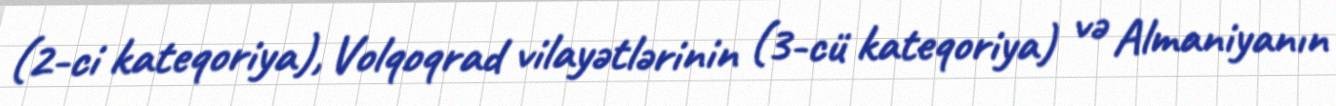
(2-ci kateqoriya), Volqoqrad vilayətlərinin (3-cü kateqoriya) və Almaniyanın